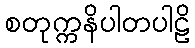
စတုက္ကနိပါတပါဠိ